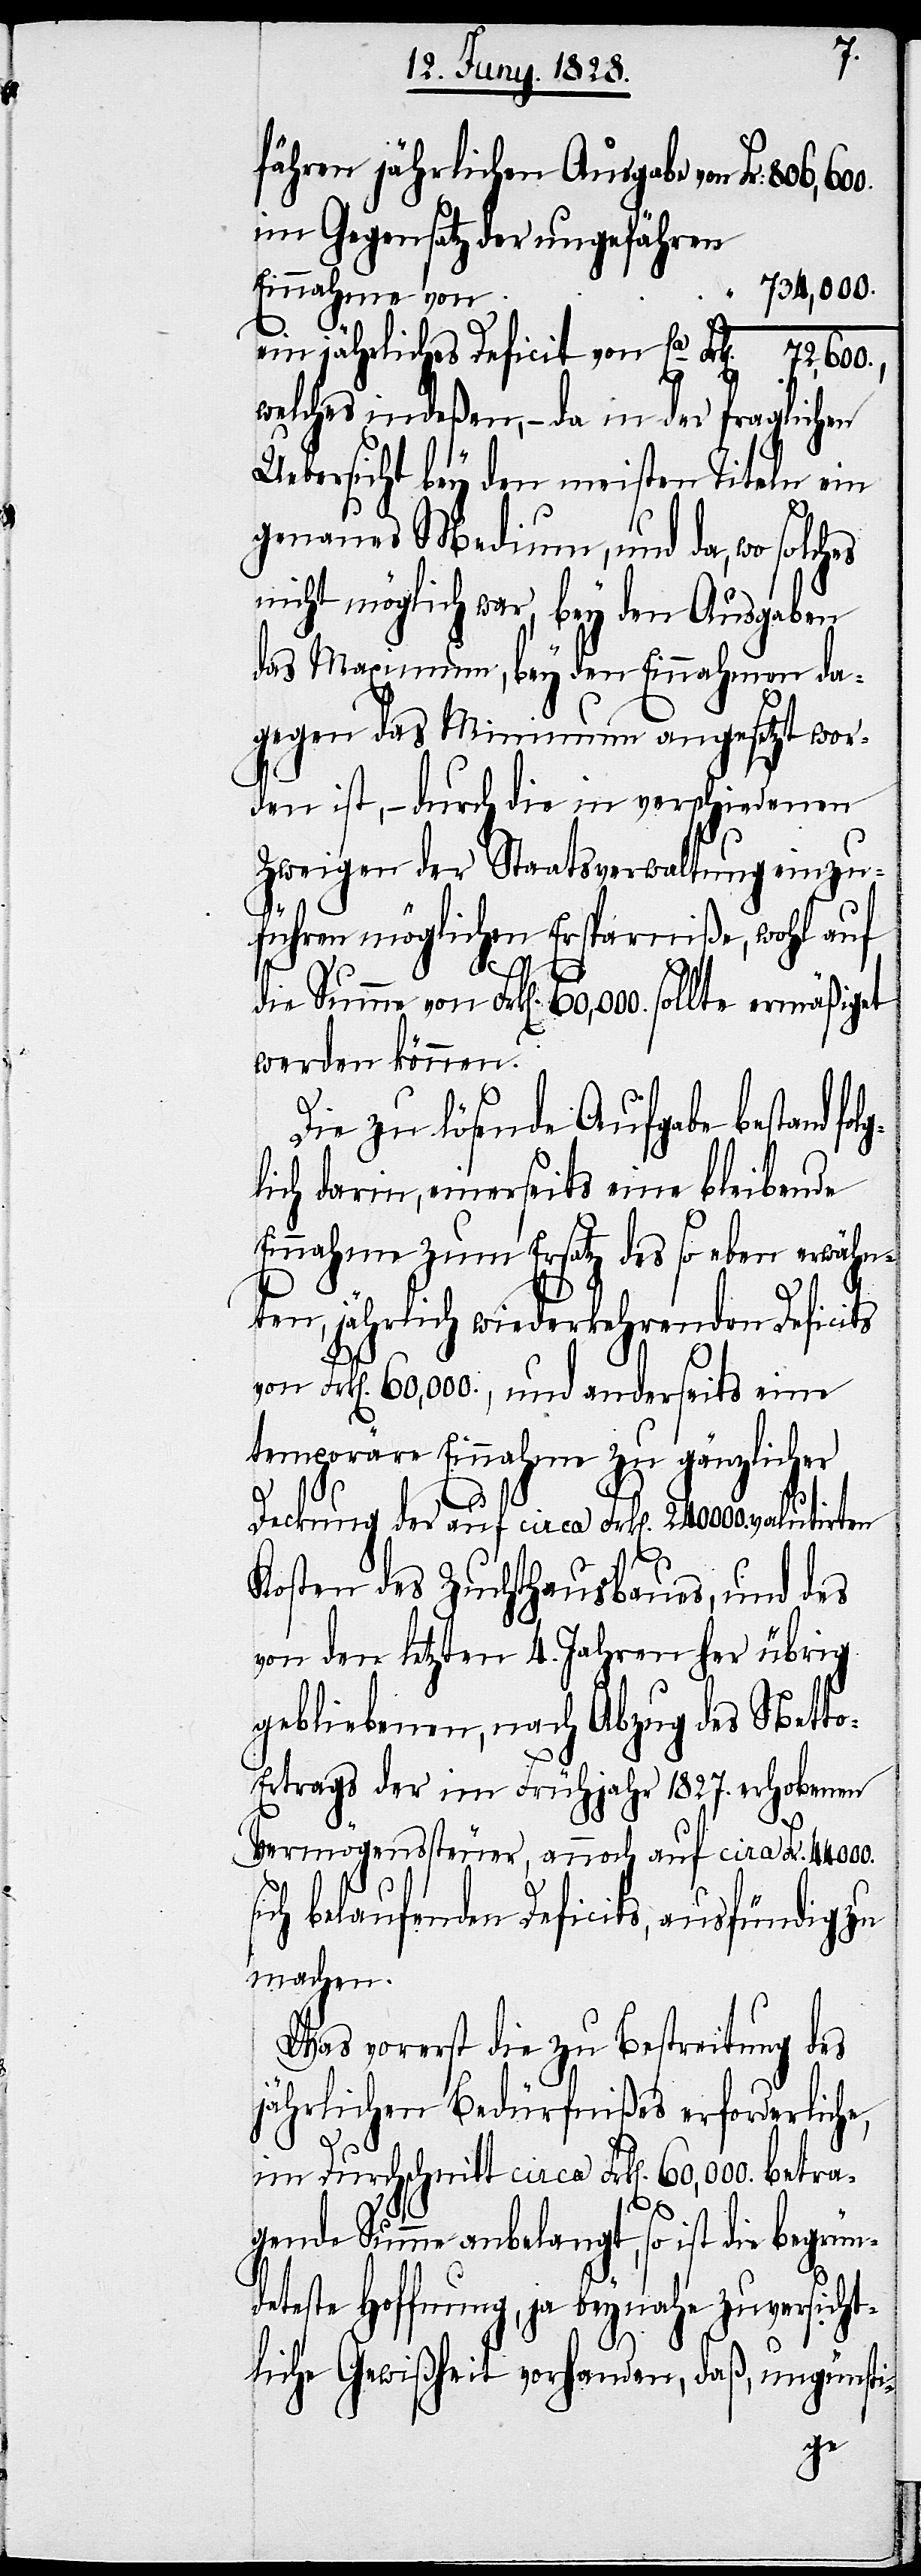
fähren jährlichen Ausgabe von
im Gegensatz der ungefähren
734,000.
Einnahmen von
ein jährliches Deficit von Ca
welches indeßen, – da in der fraglichen
Uebersicht bey den meisten Titeln ein
genaues Medium, und da, wo solches
nicht möglich war, bey den Ausgaben
des Maximum, bey den Einnahmen da¬
gegen das Minimum angesetzt wor¬
den ist, – durch die in verschiedenen
Zweigen der Staatsverwaltung einzu¬
führen möglichen Ersparniße, wohl auf
betra¬
s¬
die Summe von Frk[en]. 60,000. sollte ermäßiget
werden können.
Die zu lösende Aufgabe bestand folg¬
lich darin, einerseits eine bleibende
Einnahme zum Ersatz des so eben erwähn¬
ten, jährlich wiederkehrenden Deficits
von Frk[en]. 60,000., und anderseits eine
temporäre Einnahme zu gänzlicher
Deckung der auf circa Frk[en]. 240 000. valutirten
Kosten des Zuchthausbaues, und des
von den letzten 4. Jahren her übrig
gebliebenen, nach Abzug des Nett¬
o-Ertrags der im Frühjahr 1827. erhobenen
Vermögenssteuer, annoch auf circa Frk[en].
ich belaufenden Dificits, ausfündig zu
machen.
Was vorerst die zu Bestreitung des
jährlichen Bedürfnißes erforderliche,
im Durchschnitt circa Frk[en]. 60,000.
gende Summe anbelangt, so ist die begrün¬
deteste Hoffnung, ja beynahe zuversicht¬
liche Gewißheit vorhanden, daß, ungünsti-